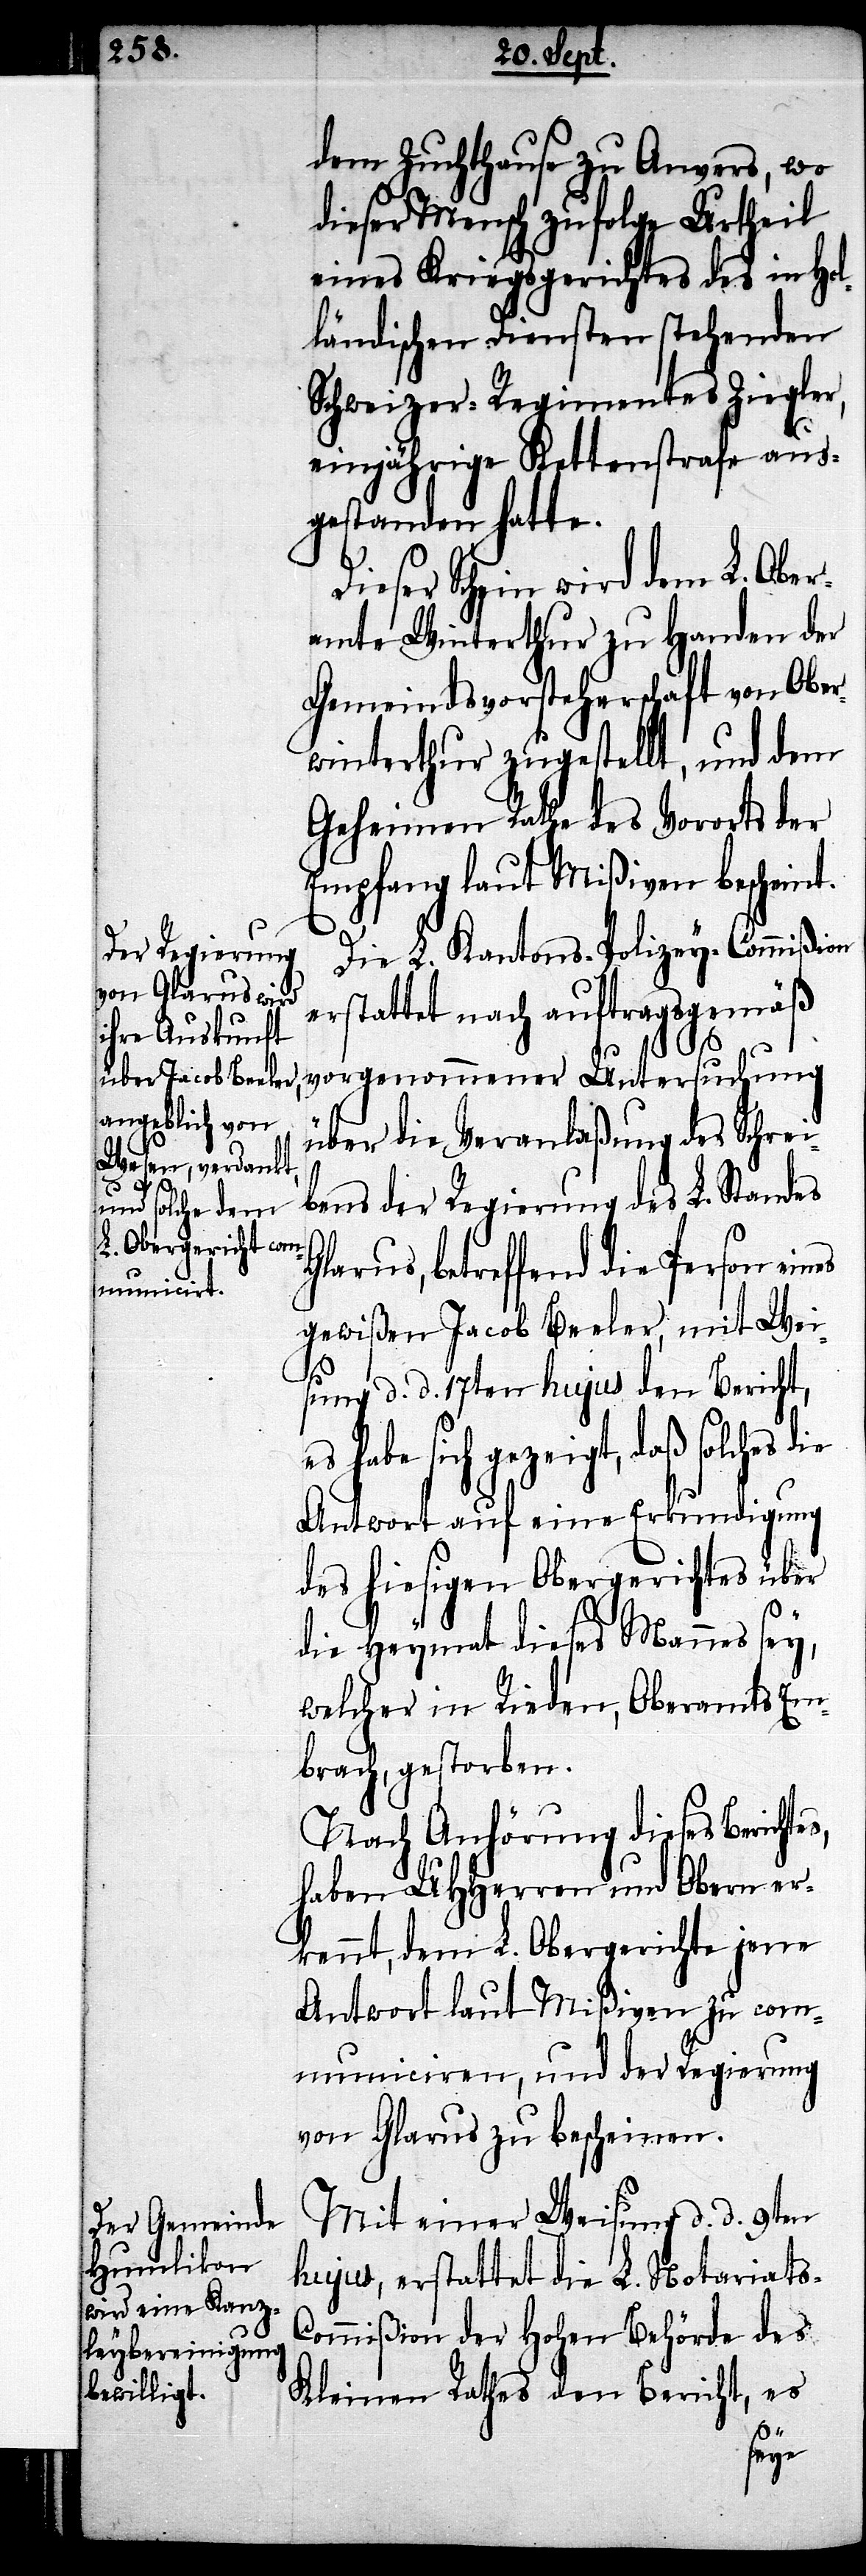
es,

dem Zuchthause zu Anvers, wo
dieser Mensch zufolge Urtheil
eines Kriegsgerichtes des in hol¬
ländischen Diensten stehenden
Schweizer-Regimentes Ziegler,
einjährige Kettenstrafe aus¬
gestanden hatte.
Dieser Schein wird dem L. Ober¬
amte Winterthur zu Handen der
Gemeindsvorsteherschaft von Ober¬
winterthur zugestellt, und dem
Geheimen Rathe des Vororts der
Empfang laut Mißiven bescheint.
Die L. Kantons-Polizey-Commißion
erstattet nach auftragsgemäß
vorgenommener Untersuchung
über die Veranlaßung des Schrei¬
bens der Regierung des L. Standes
Glarus, betreffend die Person eines
gewißen Jacob Beeler, mit Wei¬
sung d. d. 17ten hujus den Bericht,
es habe sich gezeigt, daß solches die
Antwort auf eine Erkundigung
des hiesigen Obergerichtes über
die Heymat dieses Mannes sey,
welcher in Rieden, Oberamts Em¬
brach, gestorben.
Nach Anhörung dieses Bericht¬
haben UHHerren und Obern er¬
kennt, dem L. Obergerichte jene
Antwort laut Mißiven zu com¬
municiren, und der Regierung
von Glarus zu bescheinen.
Mit einer Weisung d. d. 9ten
hujus, erstattet die L. Notariat¬
ommißion der hohen Behörde des
Kleinen Rathes den Bericht, es
s-C¬